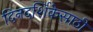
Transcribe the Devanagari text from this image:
दिनदर्शिकेसाठी